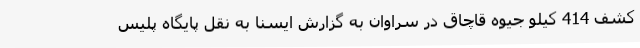
کشف 414 کیلو جیوه قاچاق در سراوان به گزارش ایسنا به نقل پایگاه پلیس